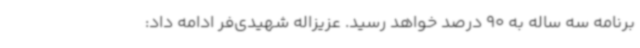
برنامه سه ساله به 90 درصد خواهد رسید. عزیزاله شهیدی‌فر ادامه داد: